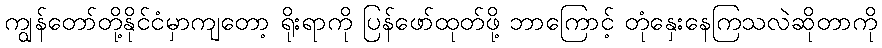
ကျွန်တော်တို့နိုင်ငံမှာကျတော့ ရိုးရာကို ပြန်ဖော်ထုတ်ဖို့ ဘာကြောင့် တုံနှေးနေကြသလဲဆိုတာကို